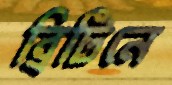
ব্রিটিনে